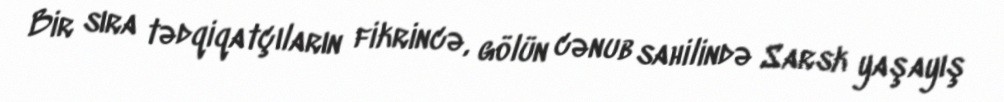
Bir sıra tədqiqatçıların fikrincə, gölün cənub sahilində Sarsk yaşayış